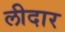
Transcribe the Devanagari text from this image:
लीदार